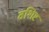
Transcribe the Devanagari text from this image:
वशिष्ट